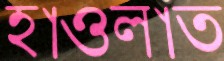
হাওলাত